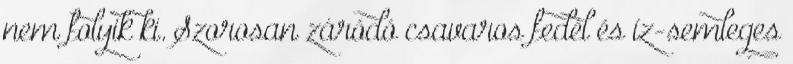
nem folyik ki. Szorosan záródó csavaros fedél és íz-semleges